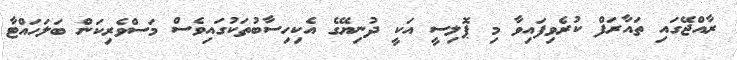
ރާއްޖޭގައި ތައާރަފް ކުރެވިފައިވާ މި ޕޮލިސީ އަކީ ދުނިޔޭގެ އެކިހިސާބުތަކުގައިވެސް މަސްވެރިކަން ބަލަހައްޓާ